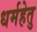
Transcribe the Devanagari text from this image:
धर्महेतु